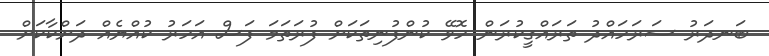
ބަނދަރު ސަރަހައްދު ތަރައްގީކުރަން ހޮވޭ ކުންފުނިތަކަށް ފުރަތަމަ ފަސް އަހަރު ކުއްޔެއް ދަށްކާކަށް